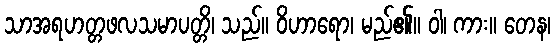
သာအရဟတ္တဖလသမာပတ္တိ၊ သည်။ ဝိဟာရော၊ မည်၏။ ဝါ၊ ကား။ တေန၊